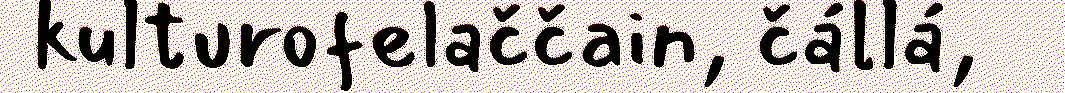
kulturofelaččain, čállá,